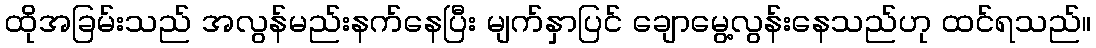
ထိုအခြမ်းသည် အလွန်မည်းနက်နေပြီး မျက်နှာပြင် ချောမွေ့လွန်းနေသည်ဟု ထင်ရသည်။